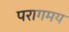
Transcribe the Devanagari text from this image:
परागमय